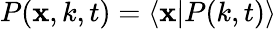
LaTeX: P(\mathbf{x},k,t)=\langle\mathbf{x}|P(k,t)\rangle